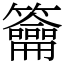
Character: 籥